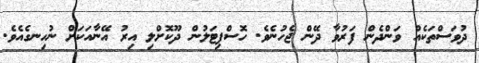
ދުވަސްތަކެއް ވަންދެން ފަރުވާ ދޭން ޖެހުނެވެ. ހޮސްޕިޓަލުން ދޫކޮށްލި އިރު އޭނާއަކަށް ނުހިނގެއެވެ.